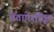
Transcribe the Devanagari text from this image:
चेतापेशींतून